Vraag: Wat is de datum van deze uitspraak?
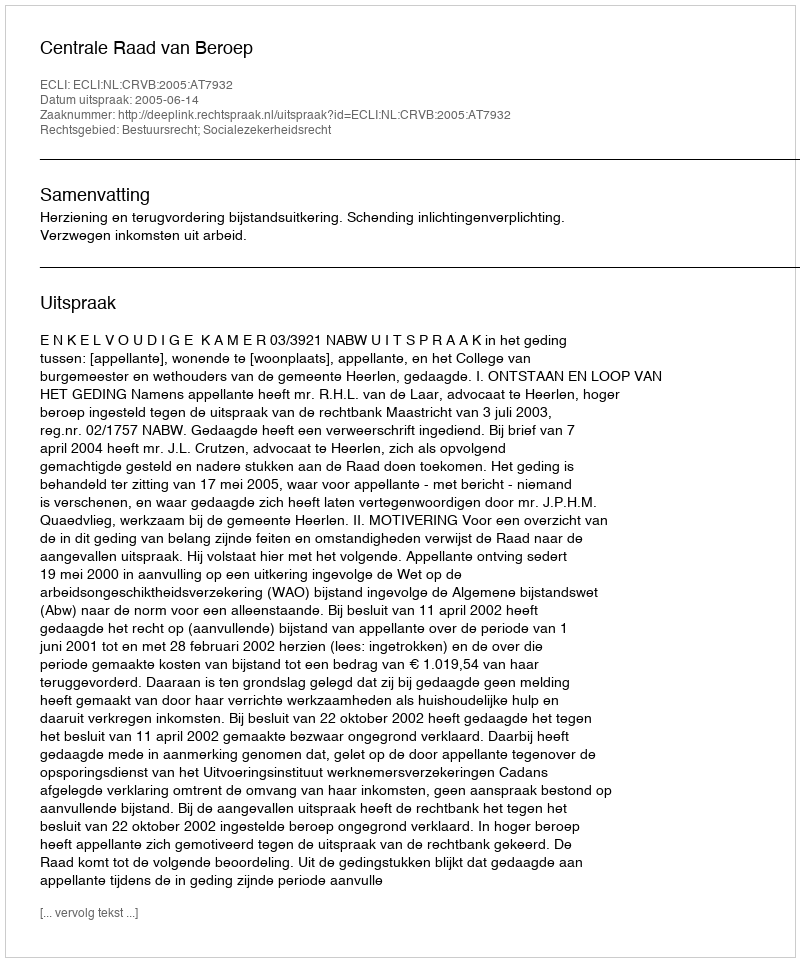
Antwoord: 2005-06-14